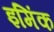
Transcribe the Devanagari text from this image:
इमिंक